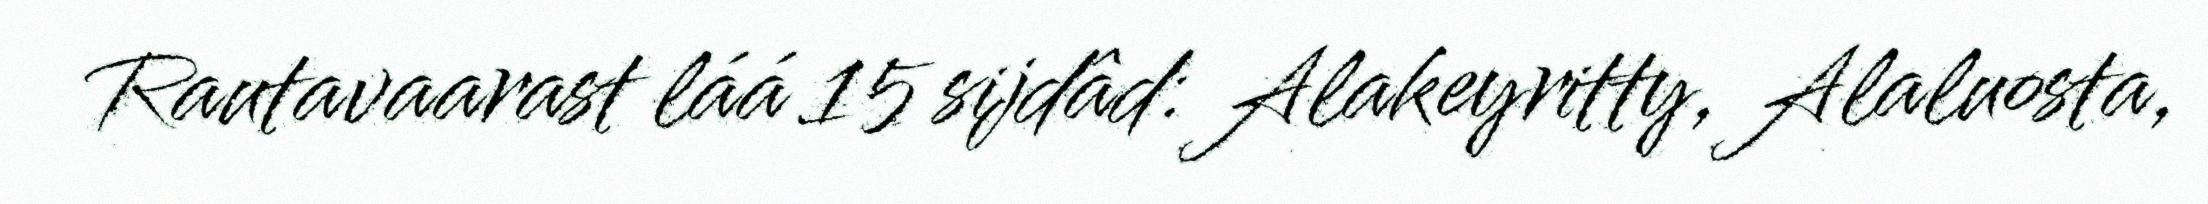
Rautavaarast láá 15 sijdâd: Alakeyritty, Alaluosta,